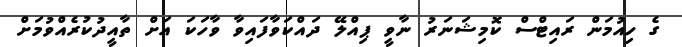
ގެ ހިއުމަން ރައިޓްސް ކޮމިޝަނަރު ނާވީ ޕިއްލޭ ދައްކަވާފައިވާ ވާހަކަ އަށް ތާއީދުކުރެއްވުމަށް